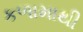
કળામાથી